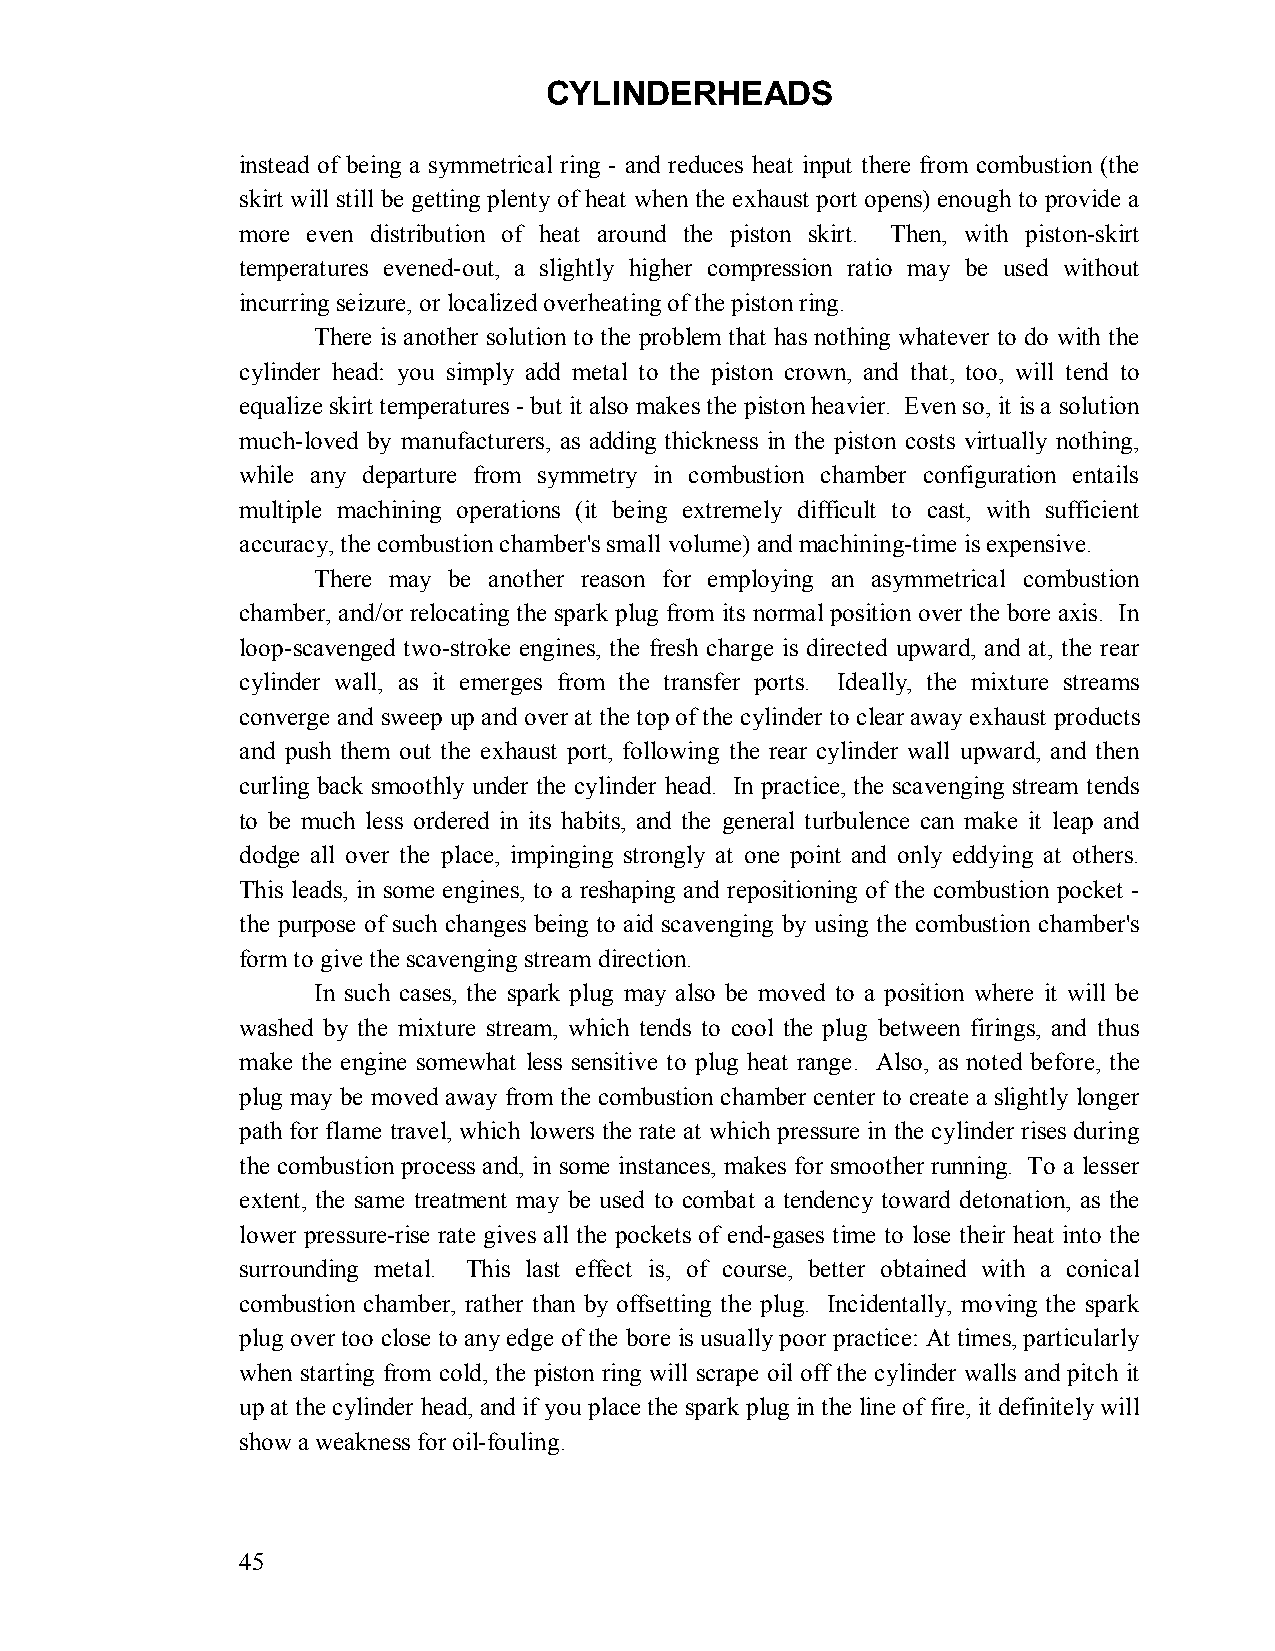
CYLINDERHEADS
 instead of being a symmetrical ring - and reduces heat input there from combustion (the
 skirt will still be getting plenty of heat when the exhaust port opens) enough to provide a
 more even distribution of heat around the piston skirt. Then, with piston-skirt
 temperatures evened-out, a slightly higher compression ratio may be used without
 incurring seizure, or localized overheating of the piston ring.
 There is another solution to the problem that has nothing whatever to do with the
 cylinder head: you simply add metal to the piston crown, and that, too, will tend to
 equalize skirt temperatures - but it also makes the piston heavier. Even so, it is a solution
 much-loved by manufacturers, as adding thickness in the piston costs virtually nothing,
 while any departure from symmetry in combustion chamber configuration entails
 multiple machining operations (it being extremely difficult to cast, with sufficient
 accuracy, the combustion chamber's small volume) and machining-time is expensive.
 There may be another reason for employing an asymmetrical combustion
 chamber, and/or relocating the spark plug from its normal position over the bore axis. In
 loop-scavenged two-stroke engines, the fresh charge is directed upward, and at, the rear
 cylinder wall, as it emerges from the transfer ports. Ideally, the mixture streams
 converge and sweep up and over at the top of the cylinder to clear away exhaust products
 and push them out the exhaust port, following the rear cylinder wall upward, and then
 curling back smoothly under the cylinder head. In practice, the scavenging stream tends
 to be much less ordered in its habits, and the general turbulence can make it leap and
 dodge all over the place, impinging strongly at one point and only eddying at others.
 This leads, in some engines, to a reshaping and repositioning of the combustion pocket -
 the purpose of such changes being to aid scavenging by using the combustion chamber's
 form to give the scavenging stream direction.
 In such cases, the spark plug may also be moved to a position where it will be
 washed by the mixture stream, which tends to cool the plug between firings, and thus
 make the engine somewhat less sensitive to plug heat range. Also, as noted before, the
 plug may be moved away from the combustion chamber center to create a slightly longer
 path for flame travel, which lowers the rate at which pressure in the cylinder rises during
 the combustion process and, in some instances, makes for smoother running. To a lesser
 extent, the same treatment may be used to combat a tendency toward detonation, as the
 lower pressure-rise rate gives all the pockets of end-gases time to lose their heat into the
 surrounding metal. This last effect is, of course, better obtained with a conical
 combustion chamber, rather than by offsetting the plug. Incidentally, moving the spark
 plug over too close to any edge of the bore is usually poor practice: At times, particularly
 when starting from cold, the piston ring will scrape oil off the cylinder walls and pitch it
 up at the cylinder head, and if you place the spark plug in the line of fire, it definitely will
 show a weakness for oil-fouling.
 45